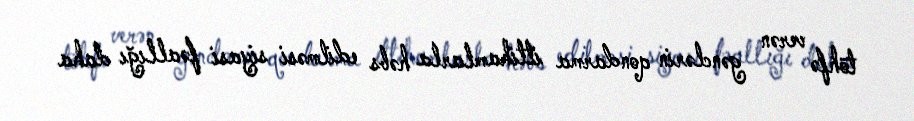
töhfə verən gənclərin qondarma ittihamlarla həbs edilməsi siyasi fəallığı daha